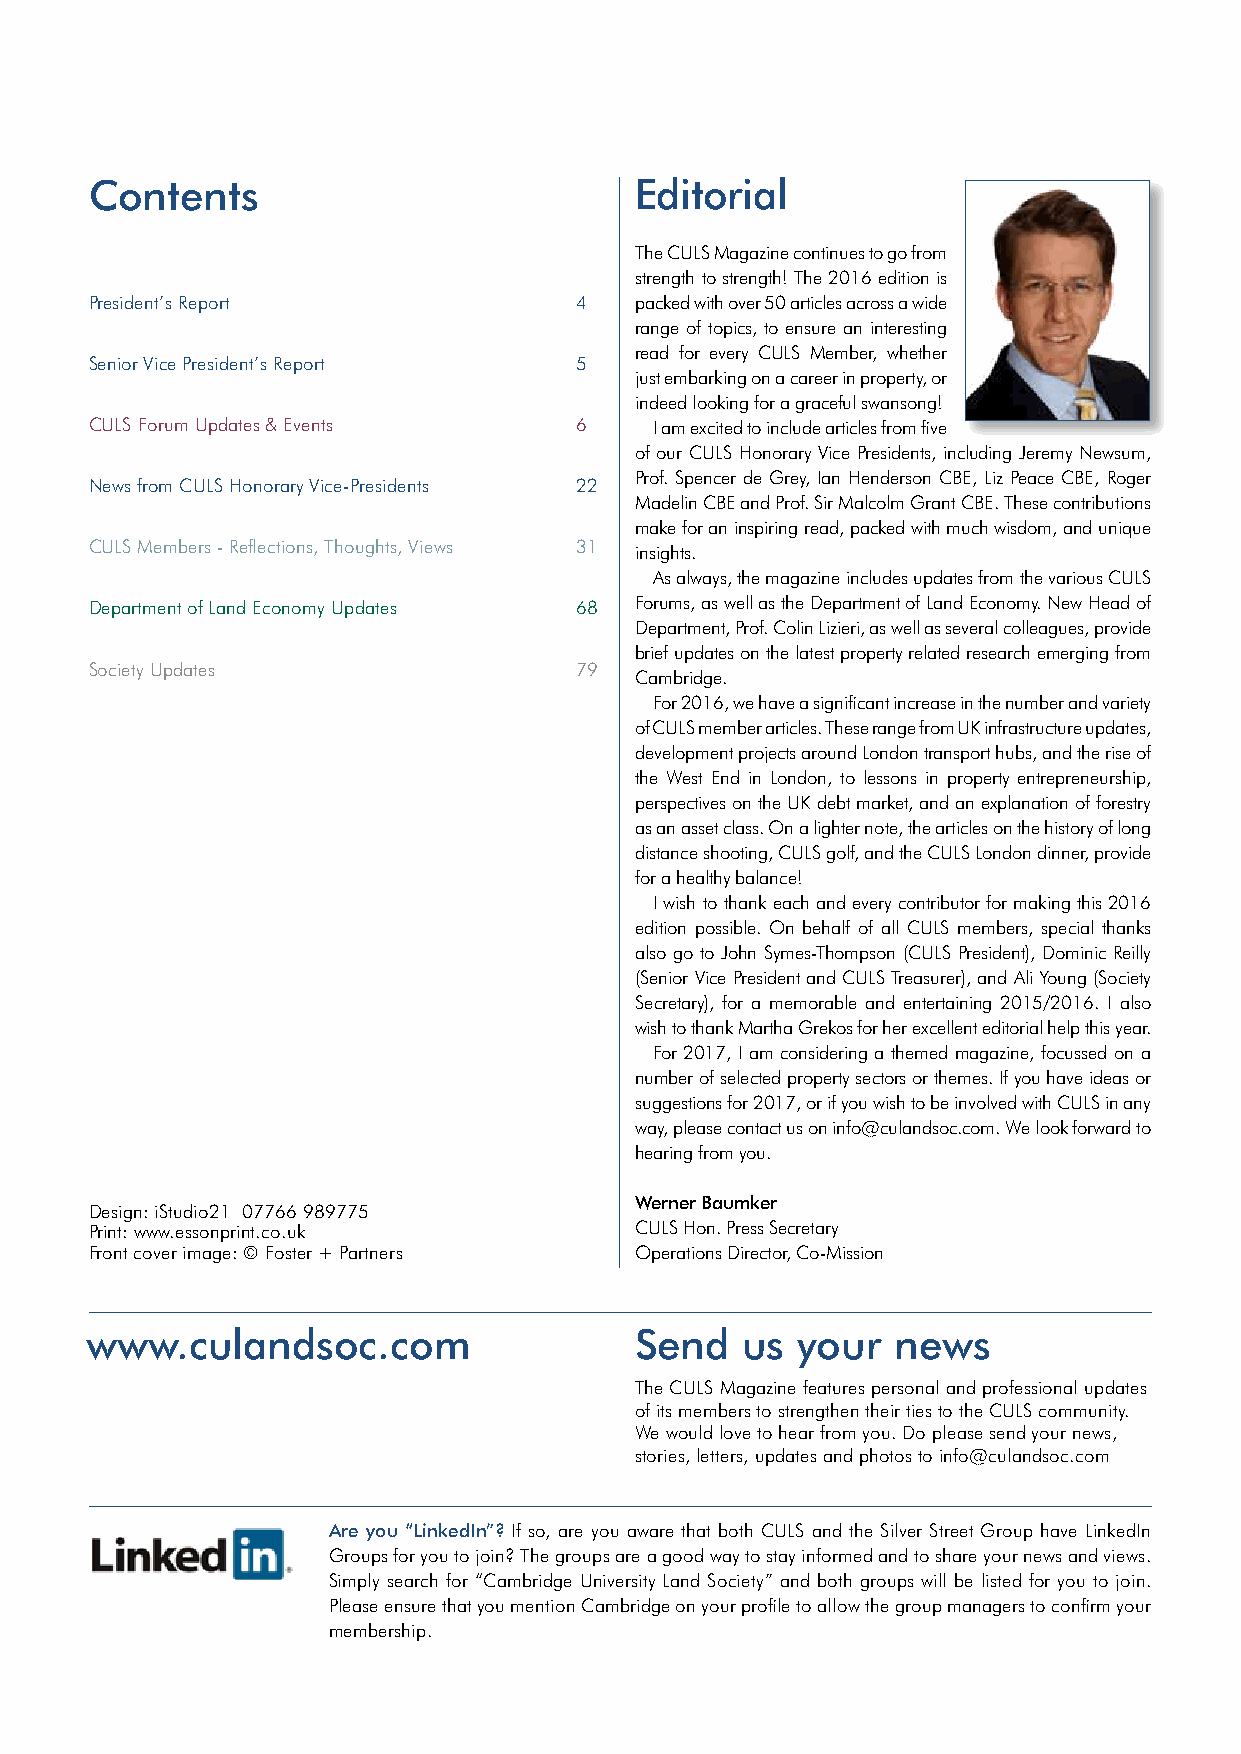
The Cambridge
 University Land Society
 would like to thank
 the following for their
 generous support
 in 2015–2016
 Contents                            Editorial
 The CULS Magazine continues to go from
 strength to strength! The 2016 edition is
 President’s Report              4   packed with over 50 articles across a wide
 range of topics, to ensure an interesting
 read for every CULS Member, whether
 Senior Vice President’s Report  5
 just embarking on a career in property, or
 indeed looking for a graceful swansong!
 CULS Forum Updates & Events     6    I am excited to include articles from five
 of our CULS Honorary Vice Presidents, including Jeremy Newsum,
 Prof. Spencer de Grey, Ian Henderson CBE, Liz Peace CBE, Roger
 News from CULS Honorary Vice-Presidents 22
 Madelin CBE and Prof. Sir Malcolm Grant CBE. These contributions
 make for an inspiring read, packed with much wisdom, and unique
 CULS Members - Reflections, Thoughts, Views 31 insights.
 As always, the magazine includes updates from the various CULS
 Department of Land Economy Updates 68 Forums, as well as the Department of Land Economy. New Head of
 Department, Prof. Colin Lizieri, as well as several colleagues, provide
 brief updates on the latest property related research emerging from
 Society Updates                 79
 Cambridge.
 For 2016, we have a significant increase in the number and variety
 of CULS member articles. These range from UK infrastructure updates,
 development projects around London transport hubs, and the rise of
 the West End in London, to lessons in property entrepreneurship,
 perspectives on the UK debt market, and an explanation of forestry
 as an asset class. On a lighter note, the articles on the history of long
 distance shooting, CULS golf, and the CULS London dinner, provide
 for a healthy balance!
 I wish to thank each and every contributor for making this 2016
 edition possible. On behalf of all CULS members, special thanks
 also go to John Symes-Thompson (CULS President), Dominic Reilly
 (Senior Vice President and CULS Treasurer), and Ali Young (Society
 Secretary), for a memorable and entertaining 2015/2016. I also
 wish to thank Martha Grekos for her excellent editorial help this year.
 For 2017, I am considering a themed magazine, focussed on a
 number of selected property sectors or themes. If you have ideas or
 suggestions for 2017, or if you wish to be involved with CULS in any
 way, please contact us on info@culandsoc.com. We look forward to
 hearing from you.
 Werner Baumker
 Design: iStudio21 07766 989775
 Print: www.essonprint.co.uk         CULS Hon. Press Secretary
 Front cover image: © Foster + Partners Operations Director, Co-Mission
 www.culandsoc.com                   Send   us  your  news
 The CULS Magazine features personal and professional updates
 of its members to strengthen their ties to the CULS community.
 We would love to hear from you. Do please send your news,
 stories, letters, updates and photos to info@culandsoc.com
 Are you “LinkedIn”? If so, are you aware that both CULS and the Silver Street Group have LinkedIn
 Groups for you to join? The groups are a good way to stay informed and to share your news and views.
 Simply search for “Cambridge University Land Society” and both groups will be listed for you to join.
 Please ensure that you mention Cambridge on your profile to allow the group managers to confirm your
 membership.